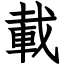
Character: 載